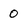
Character: o